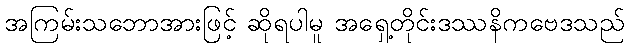
အကြမ်းသဘောအားဖြင့် ဆိုရပါမူ အရှေ့တိုင်းဒဿနိကဗေဒသည်